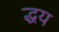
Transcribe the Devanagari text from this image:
द्धय